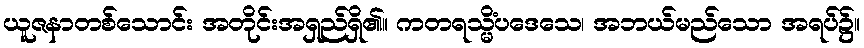
ယူဇနာတစ်သောင်း အတိုင်းအရှည်ရှိ၏။ ကတရသ္မိံပဒေသေ၊ အဘယ်မည်သော အရပ်၌။